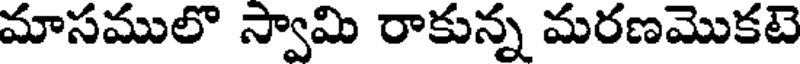
మాసములొ స్వామి రాకున్న మరణమొకటె